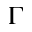
\Gamma